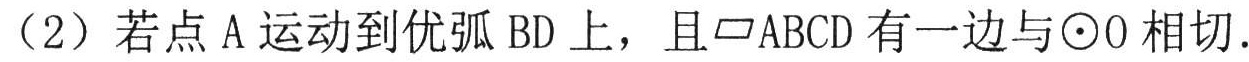
（2）若点 \(A\) 运动到优弧 \(BD\) 上，且\(\square ABCD\) 有一边与\(\odot O\) 相切.